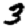
Digit: 3